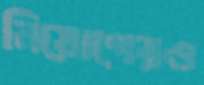
নিয়োগেরও